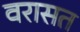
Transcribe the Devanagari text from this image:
वरासत